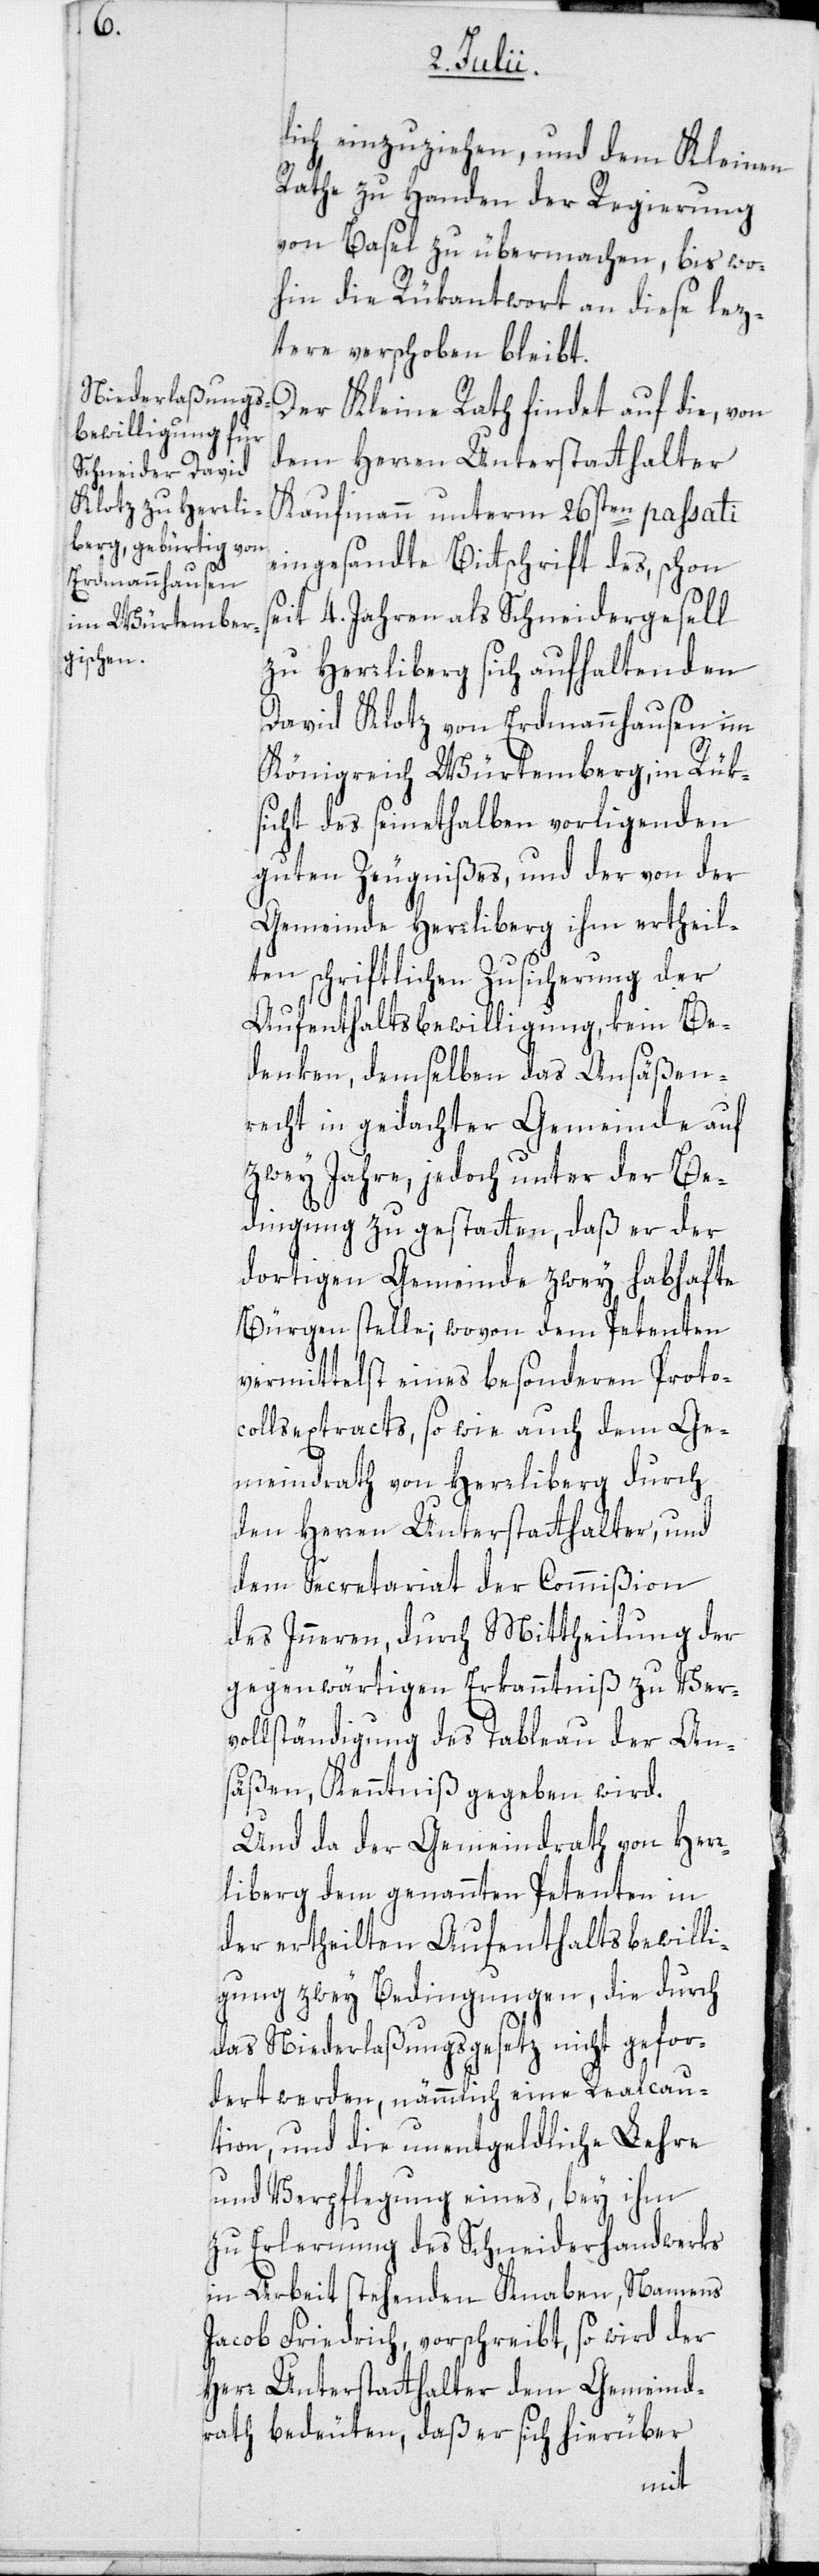
lich einzuziehen, und dem Kleinen
Rathe zu Handen der Regierung
von Basel zu übermachen, bis wo¬
hin die Rükantwort an diese lez¬
tere verschoben bleibt.
Der Kleine Rath findet auf die, von
dem Herren Unterstatthalter
Kaufmann unterm 26sten passati
eingesandte Bittschrift des, schon
seit 4. Jahren als Schneidergesell
zu Herrliberg sich aufhaltenden
David Klotz von Erdmannhausen im
Königreich Würtemberg, in Rük¬
sicht des seinethalben vorligenden
guten Zeugnißes, und der von der
Gemeinde Herrliberg ihm ertheil¬
ten schriftlichen Zusicherung der
Aufenthaltsbewilligung, kein Be¬
denken, demselben das Ansäßen¬
recht in gedachter Gemeinde auf
zwey Jahre, jedoch unter der Be¬
dingung zu gestatten, daß er der
dortigen Gemeinde zwey habhafte
Bürgen stelle; wovon dem Petenten
vermittelst eines besonderen Protoc¬
ollsextracts, so wie auch dem Ge¬
meindrath von Herrliberg durch
den Herren Unterstatthalter, und
dem Secretariat der Commißion
des Inneren, durch Mittheilung der
gegenwärtigen Erkannntniß zu Ver¬
vollständigung des Tableau der An¬
säßen, Kenntniß gegeben wird.
Und da der Gemeindrath von Her¬
rliberg dem genannten Petenten in
der ertheilten Aufenthaltsbewilli¬
gung zwey Bedingungen, die durch
das Niederlaßungsgesetz nicht gefor¬
dert werden, nämmlich eine Realcau¬
tion, und die unentgeldliche Lehre
und Verpflegung eines, bey ihm
zu Erlernung des Schneiderhandwerks
in Arbeit stehenden Knaben, Namens
Jacob Friedrich, vorschreibt, so wird der
Herr Unterstatthalter dem Gemeind¬
rath bedeuten, daß er sich hierüber